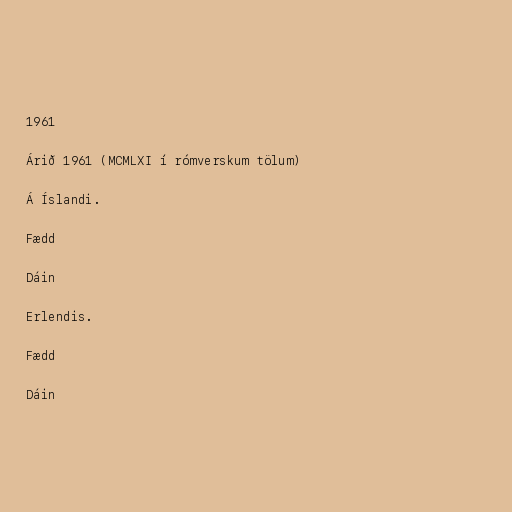
1961

Árið 1961 (MCMLXI í rómverskum tölum)

Á Íslandi.

Fædd

Dáin

Erlendis.

Fædd

Dáin